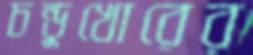
চন্ডুখোরের